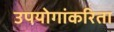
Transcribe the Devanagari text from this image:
उपयोगांकरिता